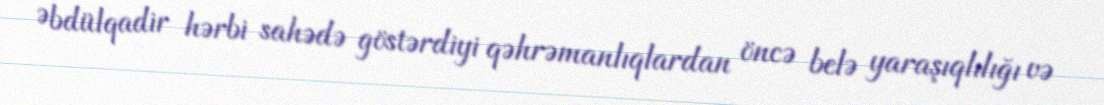
Əbdülqadir hərbi sahədə göstərdiyi qəhrəmanlıqlardan öncə belə yaraşıqlılığı və